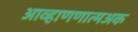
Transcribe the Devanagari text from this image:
आव्हाणणात्मअक